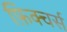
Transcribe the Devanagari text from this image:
फ़िक्चर्स